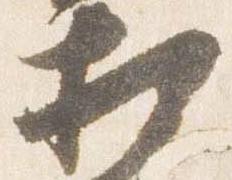
相